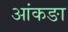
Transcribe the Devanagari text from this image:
आंकङा